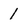
Character: 1